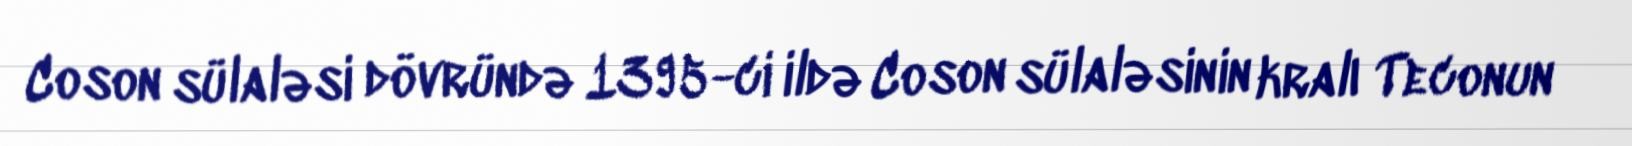
Coson sülaləsi dövründə 1395-ci ildə Coson sülaləsinin kralı Teconun